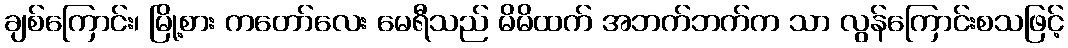
ချစ်ကြောင်း၊ မြို့စား ကတော်လေး မေရီသည် မိမိထက် အဘက်ဘက်က သာ လွန်ကြောင်းစသဖြင့်